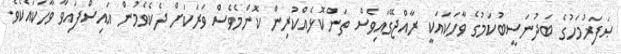
ޞަފަރުމަހުގެ ބަދުނަސީބުކަމުގެ ވާހަކައަކީ ރާއްޖޭގައިވެސް ތަންކޮޅެއްކުރިން ކޮންމެވެސް ވަރަކަށް ދެކެވެމުން އައިސްފައިވާ ވާހަކައެކެވެ.